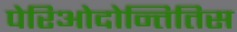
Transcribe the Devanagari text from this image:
पेरिओदोन्तितिस